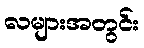
လများအတွင်း